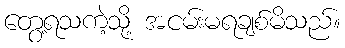
တွေ့ရသကဲ့သို့ အငမ်းမရချစ်မိသည်။